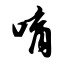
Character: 唷